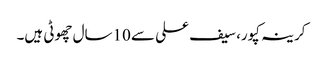
کرینہ کپور، سیف علی سے 10سال چھوٹی ہیں۔